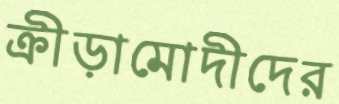
ক্রীড়ামোদীদের